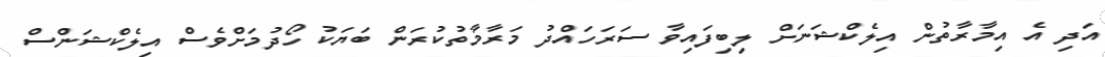
އަދި އެ އިމާރާތުން އިލެކްޝަނަށް ލިބިފައިވާ ސަރަހައްދު މަރާމާތުކުރަން ބަޔަކު ހޯދުމަށްވެސް އިލެކްޝަންސް